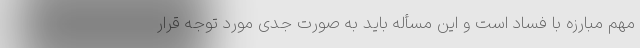
مهم مبارزه با فساد است و این مسأله باید به صورت جدی مورد توجه قرار